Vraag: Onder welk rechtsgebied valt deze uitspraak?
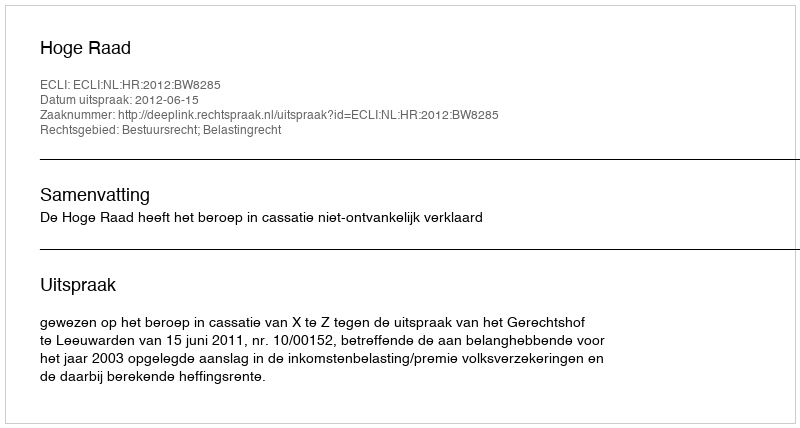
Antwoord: Bestuursrecht; Belastingrecht